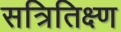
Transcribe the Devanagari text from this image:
सत्रितिक्ष्ण